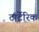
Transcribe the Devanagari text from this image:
टार्टेंरिक